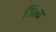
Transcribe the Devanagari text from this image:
व्हिन्न